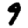
Digit: 9